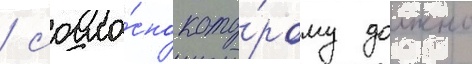
/ согла́сно кото́рому должно